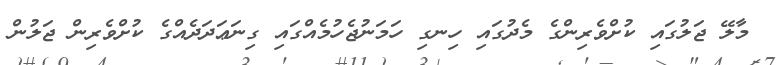
މާލޭ ޖަލުގައި ކުށްވެރިންގެ މެދުގައި ހިނގި ހަމަނުޖެހުމެއްގައި ގިނަޢަދަދެއްގެ ކުށްވެރިން ޖަލުން